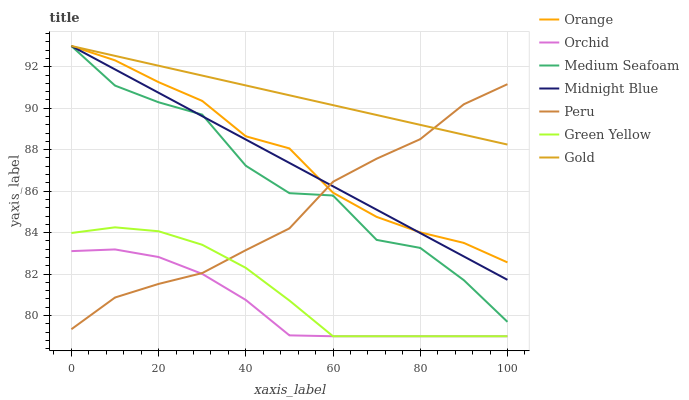
| xaxis_label | Orange | Orchid | Medium Seafoam | Midnight Blue | Peru | Green Yellow | Gold |
 | --- | --- | --- | --- | --- | --- | --- | --- |
 | 0 | 93 | 83.1 | 93 | 93 | 79.3 | 84 | 93 |
 | 10 | 92.3 | 83.2 | 91.1 | 91.9 | 80.9 | 84.3 | 92.5 |
 | 20 | 91.3 | 82.8 | 90.3 | 90.7 | 81.5 | 84.1 | 92 |
 | 30 | 90.4 | 82 | 89.7 | 89.6 | 82 | 83.4 | 91.6 |
 | 40 | 88.6 | 80.7 | 87.2 | 88.5 | 83.2 | 82.3 | 91.1 |
 | 50 | 88.1 | 79 | 85.9 | 87.4 | 84.2 | 80.7 | 90.6 |
 | 60 | 85.9 | 79 | 85.8 | 86.2 | 86.5 | 79 | 90.1 |
 | 70 | 84.8 | 79 | 83.6 | 85.1 | 87.6 | 79 | 89.7 |
 | 80 | 84 | 79 | 83.3 | 84 | 88.5 | 79 | 89.2 |
 | 90 | 83.5 | 79 | 81.7 | 82.8 | 90.2 | 79 | 88.7 |
 | 100 | 82.6 | 79 | 79.7 | 81.7 | 91.2 | 79 | 88.2 |